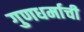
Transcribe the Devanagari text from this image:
गुणधर्माची